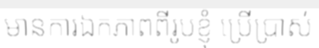
មានការឯកភាពពីរូបខ្ញុំ ប្រើប្រាស់